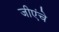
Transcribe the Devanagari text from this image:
जीएंचे